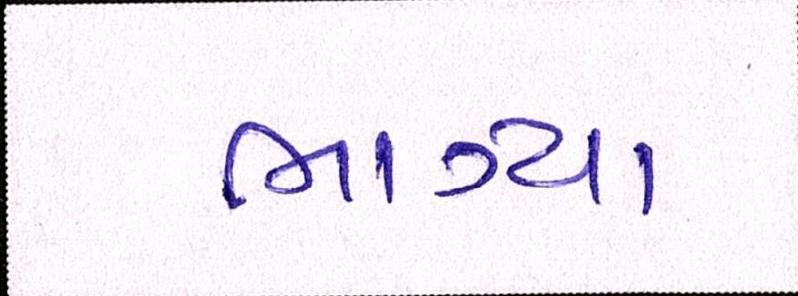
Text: ભાગ્યા